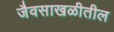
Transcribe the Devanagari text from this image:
जैवसाखळीतील